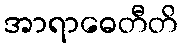
အာရာဓေတီတိ